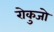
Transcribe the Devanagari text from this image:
रोकुजो